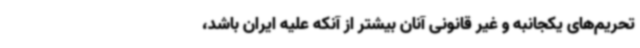
تحریم‌های یکجانبه و غیر قانونی آنان بیشتر از آنکه علیه ایران باشد،